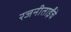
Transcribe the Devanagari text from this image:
रजनीताईंचे